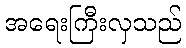
အရေးကြီးလှသည်